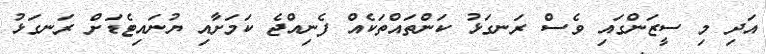
އަދި މި ސީޒަންގައި ވެސް ރަނގަޅު ކަންތައްތަކެއް ފެނިއްޖެ ކަމަށާއި ޔުނައިޓެޑަށް ރަނގަޅު